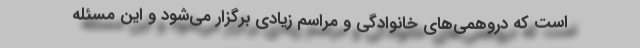
است که دروهمی‌های خانوادگی و مراسم زیادی برگزار می‌شود و این مسئله